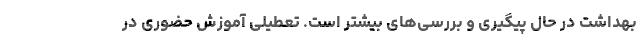
بهداشت در حال پیگیری و بررسی‌های بیشتر است. تعطیلی آموزش حضوری در